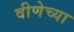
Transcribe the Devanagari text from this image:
वीणेच्या